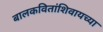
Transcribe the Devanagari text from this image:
बालकवितांशिवायच्या